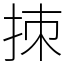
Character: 拺